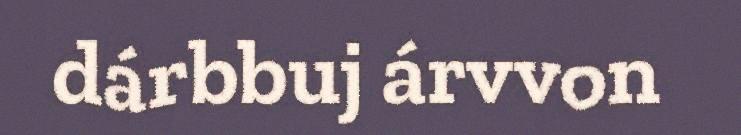
dárbbuj árvvon